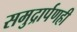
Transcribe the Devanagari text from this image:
समुद्रार्पणही